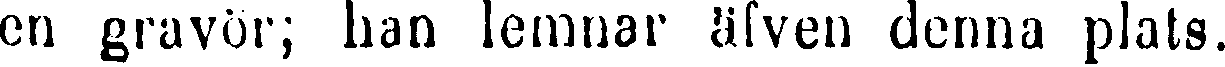
en gravör; han lemnar äfven denna plats.